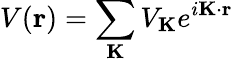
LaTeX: V(\mathbf{r})=\sum_{\mathbf{K}}{V_{\mathbf{K}}e^{i\mathbf{K}\cdot\mathbf{r}}}